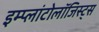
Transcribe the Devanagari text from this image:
इम्प्लांटोलॉजिस्ट्स